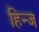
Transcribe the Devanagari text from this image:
हिन्ज